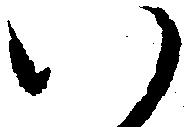
い